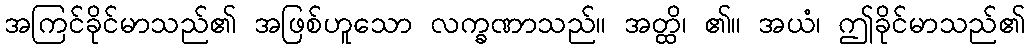
အကြင်ခိုင်မာသည်၏ အဖြစ်ဟူသော လက္ခဏာသည်။ အတ္ထိ၊ ၏။ အယံ၊ ဤခိုင်မာသည်၏